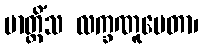
ဗာတ္တိံသ လက္ခဏူပေတာ၊